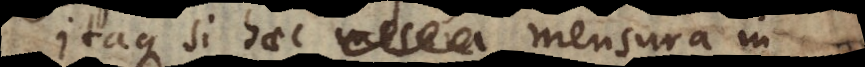
Itaque si haec mensura in